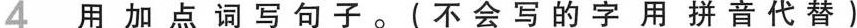
4 用加点词写句。 (不会写的字用拼音代替)